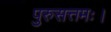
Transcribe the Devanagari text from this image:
पुरुसत्तमः।